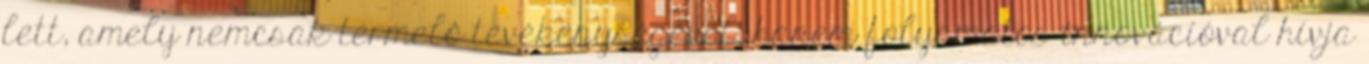
lett, amely nemcsak termelô tevékenységével, hanem folyamatos innovációval hívja